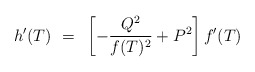
\begin{align*}h'(T)~=~\left[{-{Q^2\over{f(T)^2}}}+P^2\right] f'(T)\end{align*}